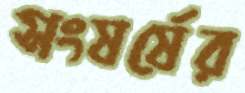
সংষর্ষের